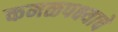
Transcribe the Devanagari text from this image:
कमळपक्ष्याचे